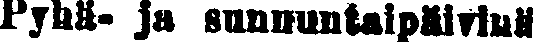
Pyhä- ja sunnuntaipäivinä